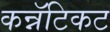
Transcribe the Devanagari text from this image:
कन्नॅटिकट